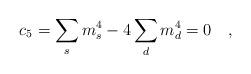
LaTeX: \begin{align*}c_5=\sum_{s} m_s^4-4 \sum_{d} m_d^4=0~~~,\end{align*}